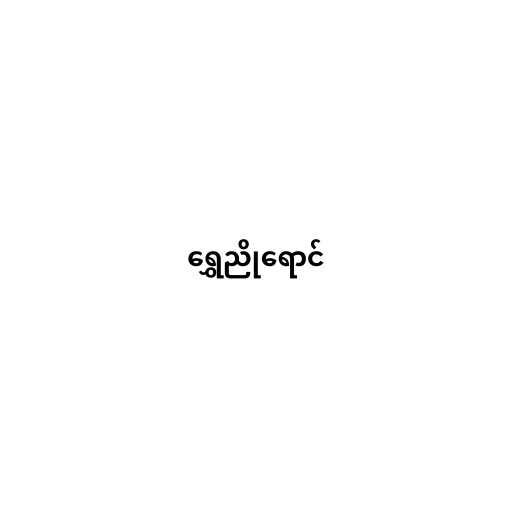
ရွှေညိုရောင်